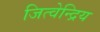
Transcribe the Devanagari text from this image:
जित्वेन्द्रिय